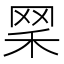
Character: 𦊘